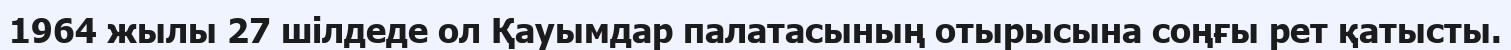
1964 жылы 27 шілдеде ол Қауымдар палатасының отырысына соңғы рет қатысты.